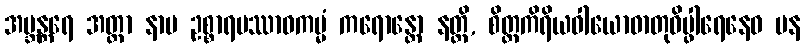
အဗ္ဘန္တရေ အတ္တာ နာမ ဥစ္စာရပဿာဝကမ္မံ ကရောန္တော နတ္ထိ, စိတ္တကိရိယဝါယောဓာတုဝိပ္ဖါရေနေဝ ပန